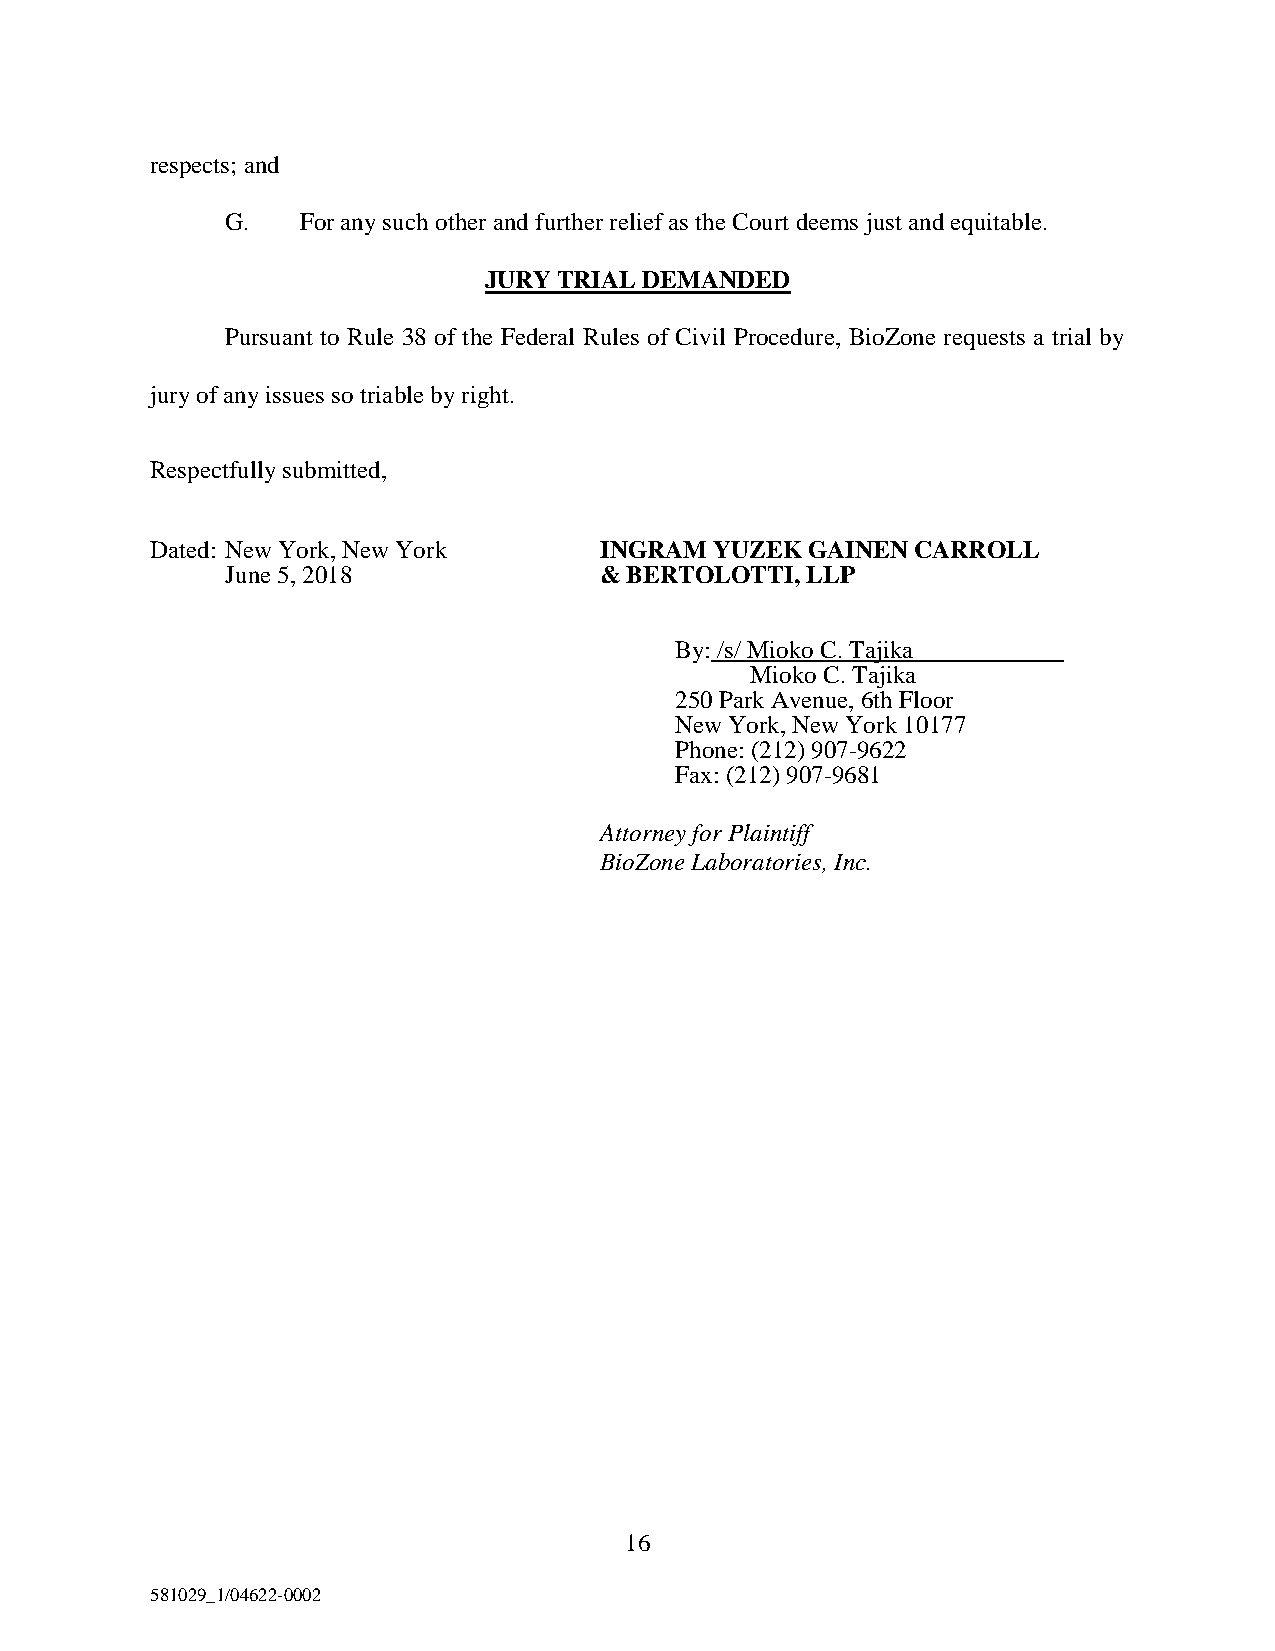
respects; and
 G.   For any such other and further relief as the Court deems just and equitable.
 JURY TRIAL DEMANDED
 Pursuant to Rule 38 of the Federal Rules of Civil Procedure, BioZone requests a trial by
 jury of any issues so triable by right.
 Respectfully submitted,
 Dated: New York, New York     INGRAM YUZEK  GAINEN CARROLL
 June 5, 2018             & BERTOLOTTI, LLP
 By: /s/ Mioko C. Tajika
 Mioko C. Tajika
 250 Park Avenue, 6th Floor
 New York, New York 10177
 Phone: (212) 907-9622
 Fax: (212) 907-9681
 Attorney for Plaintiff
 BioZone Laboratories, Inc.
 16
 581029_1/04622-0002